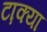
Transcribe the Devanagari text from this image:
टा़क्या